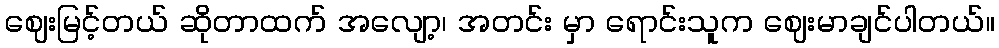
ဈေးမြင့်တယ် ဆိုတာထက် အလျော့၊ အတင်း မှာ ရောင်းသူက ဈေးမာချင်ပါတယ်။